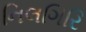
નિલગિરિ